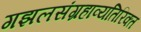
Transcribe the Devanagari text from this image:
गझलसंग्रहाव्यतिरिक्त